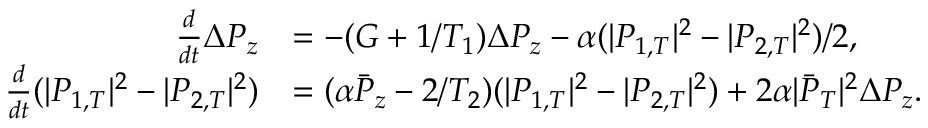
\begin{array} { r l } { \frac { d } { d t } \Delta P _ { z } } & { = - ( G + 1 / T _ { 1 } ) \Delta P _ { z } - \alpha ( | P _ { 1 , T } | ^ { 2 } - | P _ { 2 , T } | ^ { 2 } ) / 2 , } \\ { \frac { d } { d t } ( | P _ { 1 , T } | ^ { 2 } - | P _ { 2 , T } | ^ { 2 } ) } & { = ( \alpha \bar { P } _ { z } - 2 / T _ { 2 } ) ( | P _ { 1 , T } | ^ { 2 } - | P _ { 2 , T } | ^ { 2 } ) + 2 \alpha | \bar { P } _ { T } | ^ { 2 } \Delta P _ { z } . } \end{array}